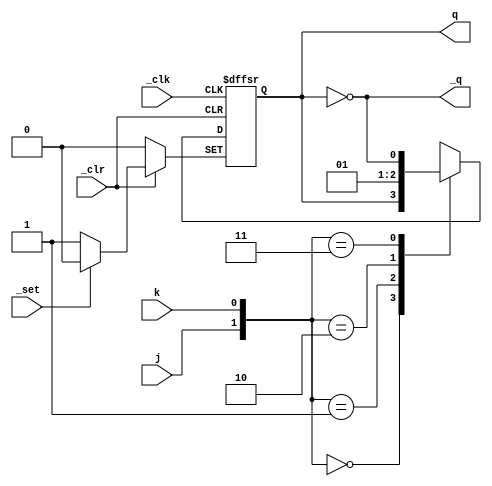
module png_jkff
(
    input wire _clk, j, k, _set, _clr,
    output reg q,
    output wire _q
);

initial q = 1'b0;

always @(negedge _clk or negedge _clr or negedge _set) begin
    if (_clr == 1'b0) begin
        q <= 1'b0;
    end else if (_set == 1'b0) begin
        q <= 1'b1;
    end else begin
        case ({j, k})
            2'b00: q <= q;
            2'b01: q <= 1'b0;
            2'b10: q <= 1'b1;
            2'b11: q <= ~q;
        endcase
    end
end

assign _q = ~q;

endmodule